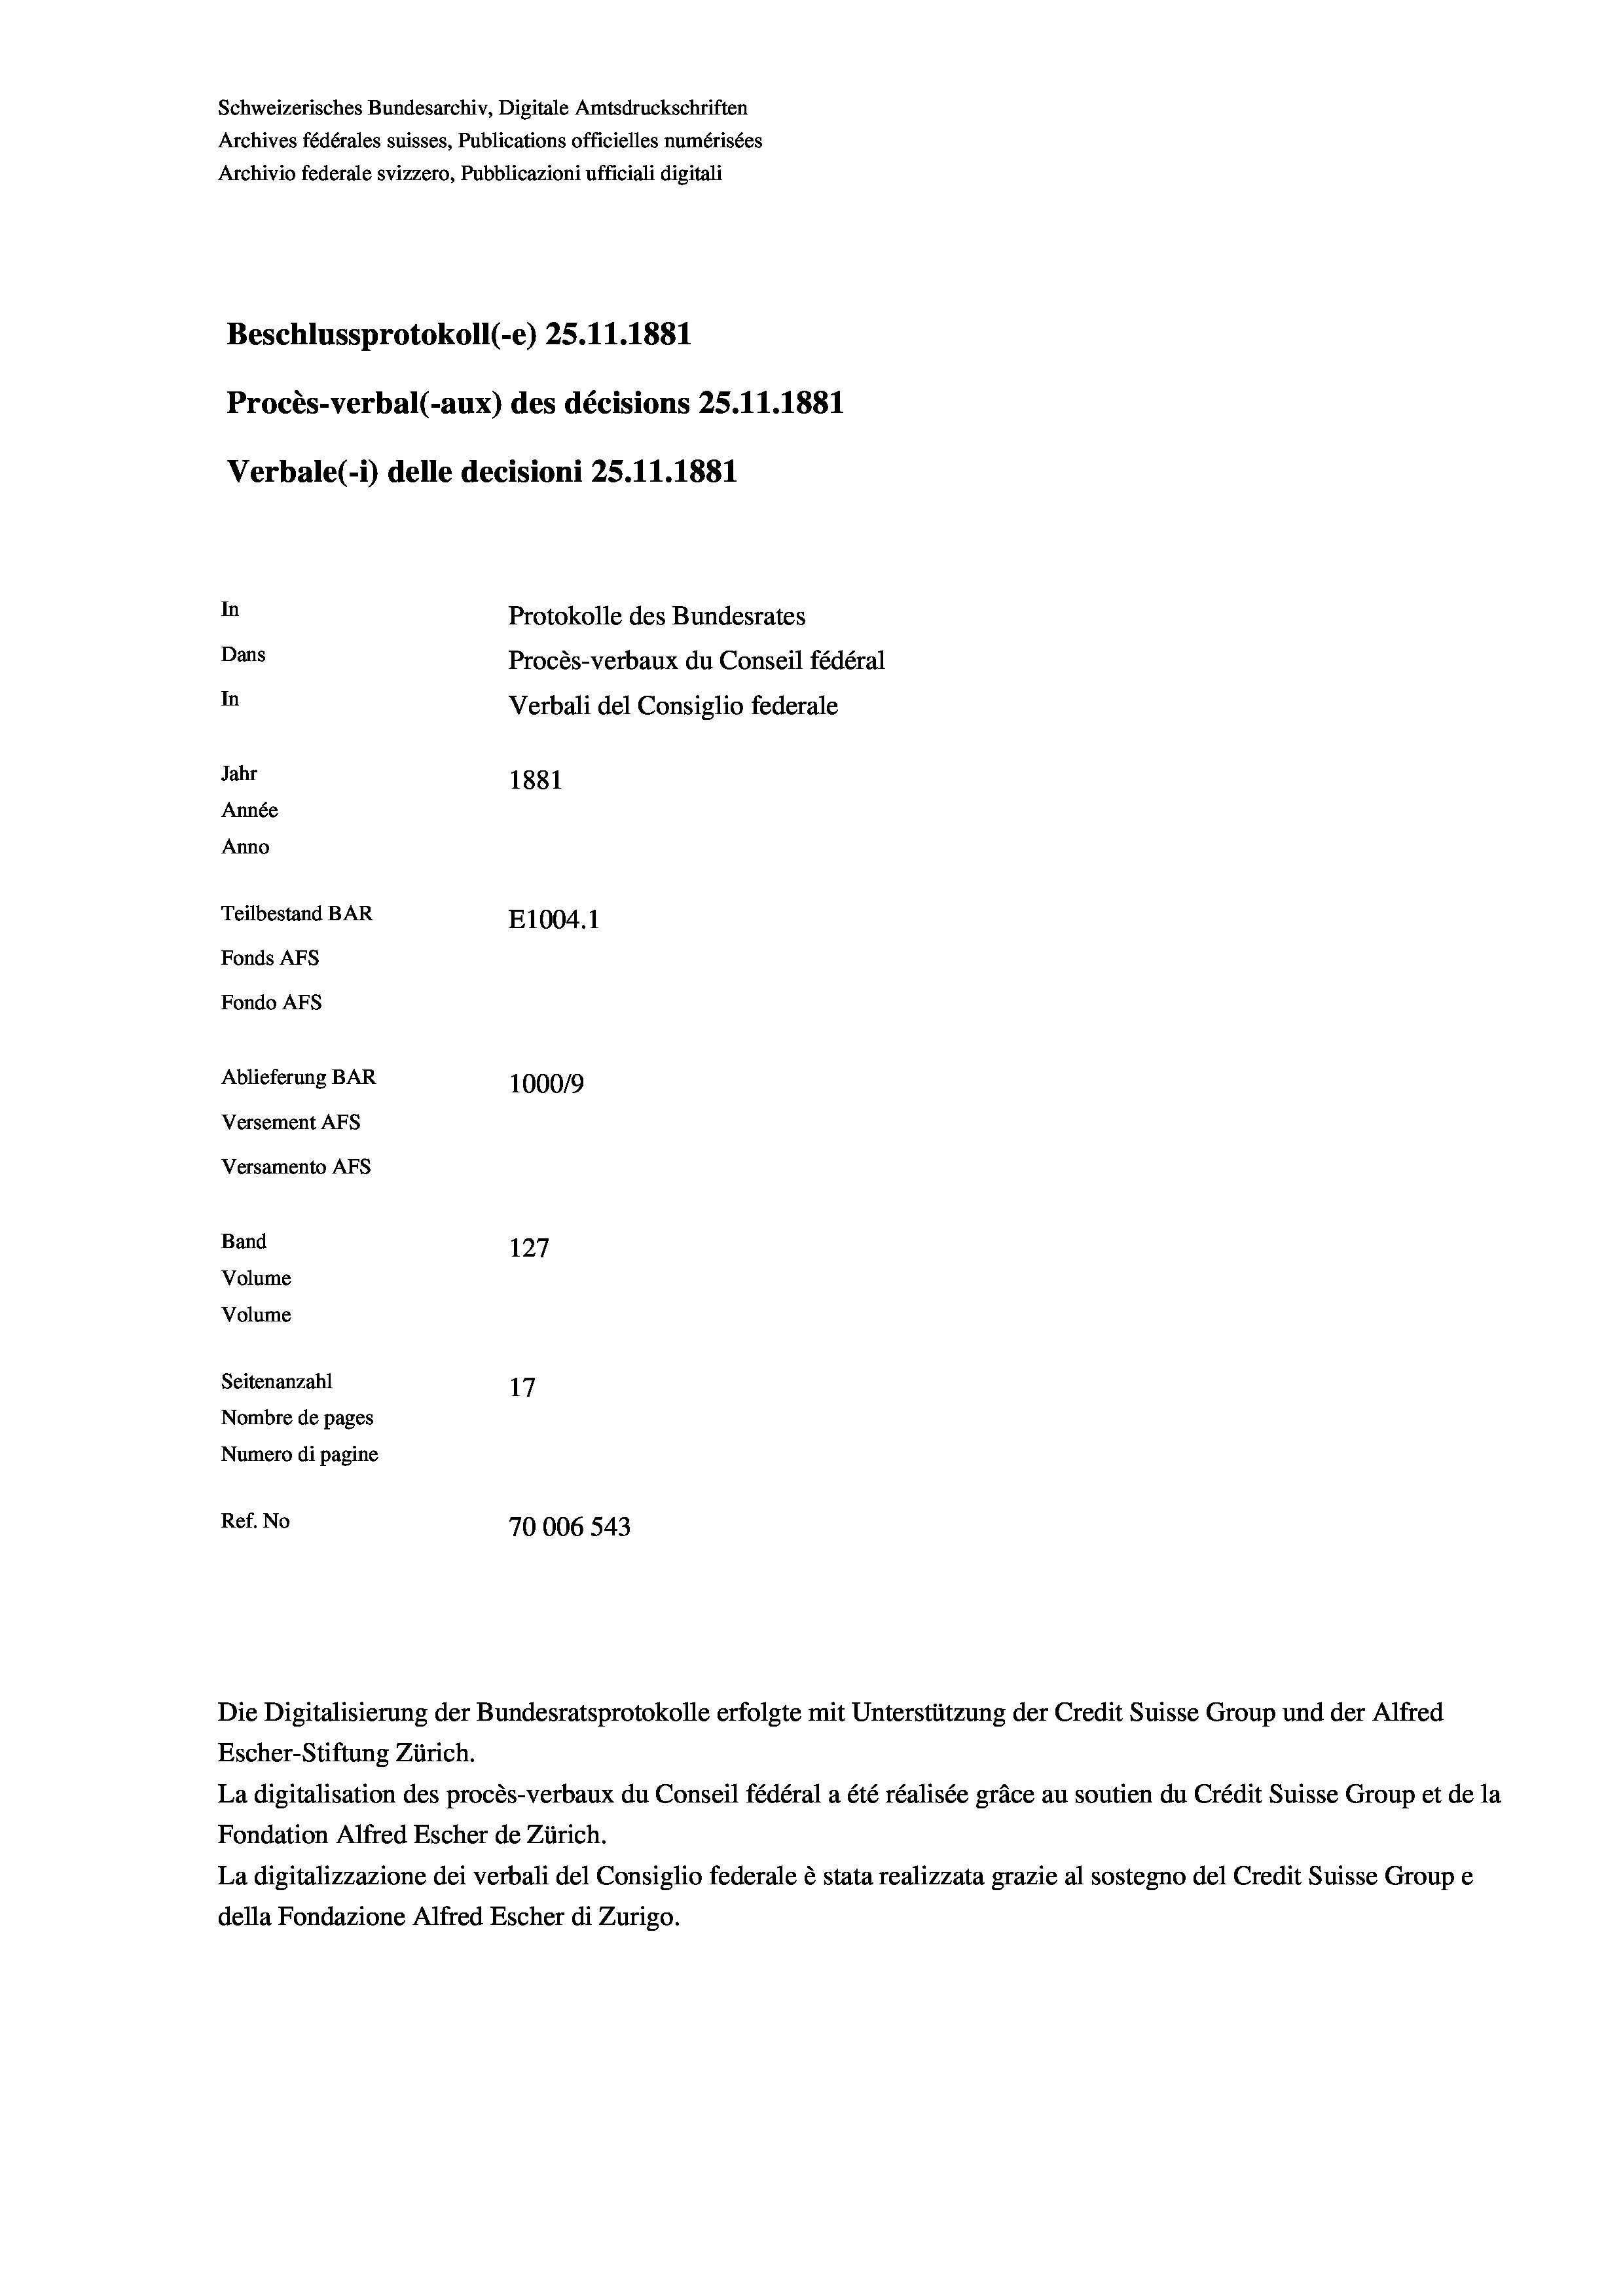
Schweizerisches Bundesarchiv, Digitale Amtsdruckschriften
Archives fédérales suisses, Publications officielles numérisées
Archivio federale svizzero, Pubblicazioni ufficiali digitali
Beschlussprotokoll (-e) 25.11.1881
Procès-verbal (-aux) des décisions 25.11.1881
Verbale (1) delle decisioni 25.11.1881
In
Protokolle des Bundesrates
Dans
Procès-verbaux du Conseil fédéral
In
Verbali del Consiglio federale
Jahr
1881
Année
Anno
Teilbestand BAR
E1004.1
Fonds AFs
Fondo AFs
Ablieferung BAR
100019
Versement Abs
Versamento Afs
Band
127
Volume
Volume
Seitenanzahl
17
Nombre de pages
Numero di pagine
Ref. No
70006 543

Escher-Stiftung Zürich.
La digitalisation des procès-verbaux du Conseil fédéral a été réalisée gräce au soutien du Crédit Suisse Group et de la
Fondation Alfred Escher de Zürich.
La digitalizzazione dei verbali del Consiglio federale è stata realizzata grazie al sostegno del Credit Suisse Groupe
della Fondazione Alfred Escher di Zurigo.

Die Digitalisierung der Bundesratsprotokolle erfolgte mit Unterstützung der Credit Suisse Group und der Alfred